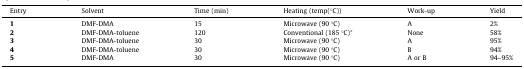
<table><thead><tr><td><b>Entry</b></td><td><b>Solvent</b></td><td><b>Time (min)</b></td><td><b>Heating (temp(°C))</b></td><td><b>Work-up</b></td><td><b>Yield</b></td></tr></thead><tbody><tr><td><b>1</b></td><td>DMF-DMA</td><td>15</td><td>Microwave (90 °C)</td><td>A</td><td>2%</td></tr><tr><td><b>2</b></td><td>DMF-DMA-toluene</td><td>120</td><td>Conventional (185 °C)<sup>∗</sup></td><td>None</td><td>58%</td></tr><tr><td><b>3</b></td><td>DMF-DMA-toluene</td><td>30</td><td>Microwave (90 °C)</td><td>A</td><td>95%</td></tr><tr><td><b>4</b></td><td>DMF-DMA-toluene</td><td>30</td><td>Microwave (90 °C)</td><td>B</td><td>94%</td></tr><tr><td><b>5</b></td><td>DMF-DMA</td><td>30</td><td>Microwave (90 °C)</td><td>A or B</td><td>94–95%</td></tr></tbody></table>